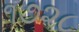
૧૭૨૮